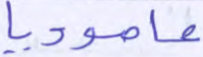
عاموديا